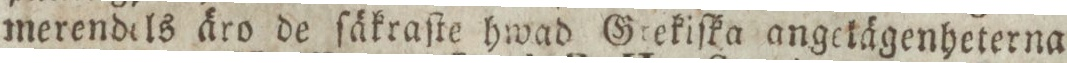
merendels äro de ſäkraſte hwad Grekiſka angekägenheterna